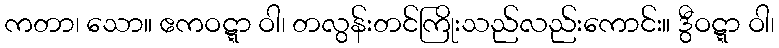
ကတာ၊ သော။ ဧကဝဋ္ဋာ ဝါ၊ တလွန်းတင်ကြိုးသည်လည်းကောင်း။ ဒွီဝဋ္ဋာ ဝါ၊